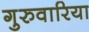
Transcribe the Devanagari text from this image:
गुरुवारिया